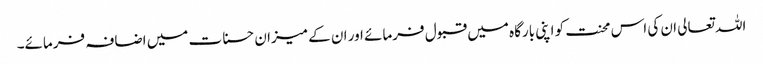
اللہ تعالی ان کی اس محنت کو اپنی بارگاہ میں قبول فرمائے اور ان کے میزان حسنات میں اضافہ فرمائے۔